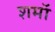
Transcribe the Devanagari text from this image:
शमॉ